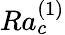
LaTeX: Ra_{c}^{(1)}